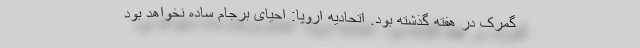
گمرک در هفته گذشته بود. اتحادیه اروپا: احیای برجام ساده نخواهد بود